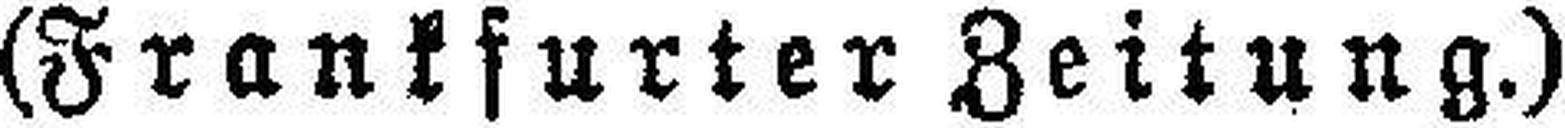
(Frankfurter Zeitung.)